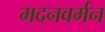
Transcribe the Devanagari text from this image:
मदनवर्मन